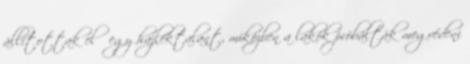
állítottak elő egy hajléktalant, miközben a lakók próbálták megvédeni